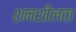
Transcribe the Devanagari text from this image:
शनशीलता